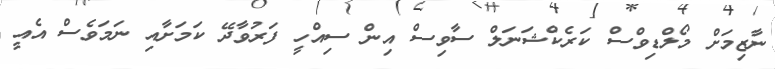
ނާޒިމަށް މޯލްޑިވްސް ކަރެކްޝަނަލް ސާވިސް އިން ސިއްހީ ފަރުވާދޭ ކަމަށާއި ނަމަވެސް އެއީ